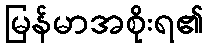
မြန်မာအစိုးရ၏